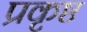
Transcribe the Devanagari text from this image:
प्रकृष्ठ